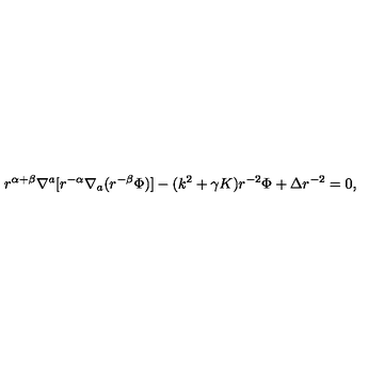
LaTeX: r ^ { \alpha + \beta } \nabla ^ { a } [ r ^ { - \alpha } \nabla _ { a } ( r ^ { - \beta } \Phi ) ] - ( k ^ { 2 } + \gamma K ) r ^ { - 2 } \Phi + \Delta r ^ { - 2 } = 0 ,